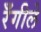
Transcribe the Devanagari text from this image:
रँगीले